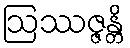
ဩဿဇ္ဇန္တိ